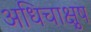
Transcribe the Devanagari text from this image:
अधिचाक्षुष